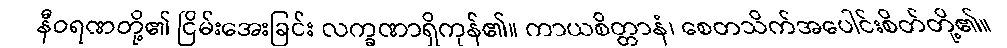
နီဝရဏတို့၏ ငြိမ်းအေးခြင်း လက္ခဏာရှိကုန်၏။ ကာယစိတ္တာနံ၊ စေတသိက်အပေါင်းစိတ်တို့၏။